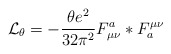
\begin{align*}{\cal L}_{\theta} = -\frac{\theta e^{2}}{32 \pi^{2}}F^{a}_{\mu\nu}*F_{a}^{\mu\nu} \end{align*}